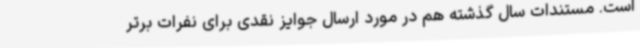
است. مستندات سال گذشته هم در مورد ارسال جوایز نقدی برای نفرات برتر